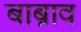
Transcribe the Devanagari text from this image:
बाब्राव